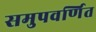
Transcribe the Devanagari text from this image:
समुपवर्णित